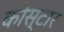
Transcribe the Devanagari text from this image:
कोस्टार